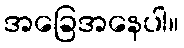
အခြေအနေပါ။